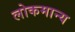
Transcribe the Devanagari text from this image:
लोकमान्‍य